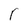
Character: r